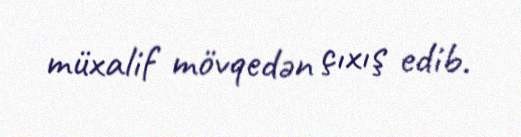
müxalif mövqedən çıxış edib.